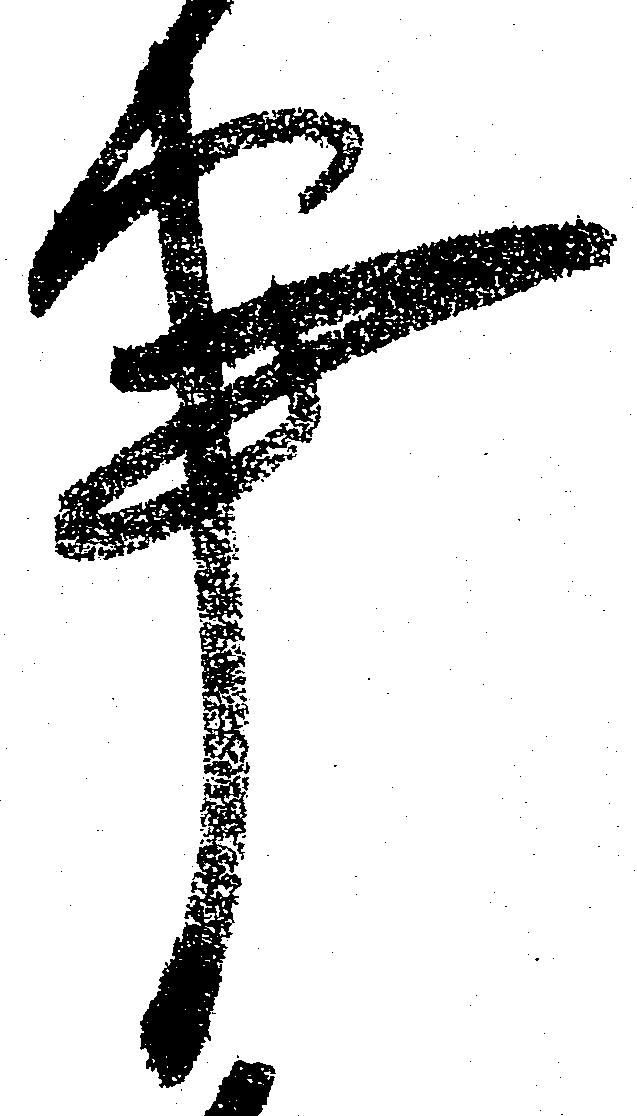
事